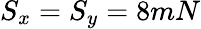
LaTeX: S_{x}=S_{y}=8mN